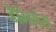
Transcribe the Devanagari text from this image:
डैमियंस